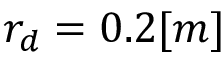
r _ { d } = 0 . 2 [ m ]